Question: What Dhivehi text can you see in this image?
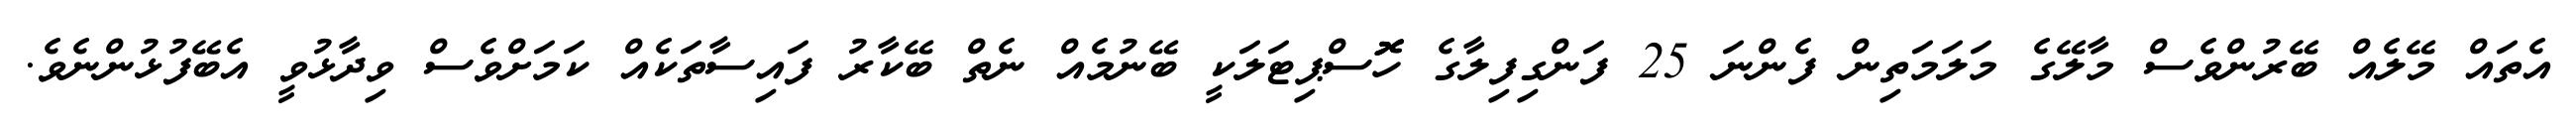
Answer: އެތައް މޭލެއް ބޭރުންވެސް މާލޭގެ މަލަމަތިން ފެންނަ 25 ފަންގިފިލާގެ ހޮޮސްޕިޓަލަކީ ބޭނުމެއް ނެތް ބޭކާރު ފައިސާތަކެއް ކަމަށްވެސް ވިދާޅުވީ އެބޭފުޅުންނެވެ.